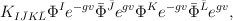
LaTeX: \begin{align*}K_{I\bar J K\bar L} \Phi^I e^{-gv}\bar\Phi^{\bar J} e^{gv} \Phi^K e^{-gv}\bar \Phi ^{\bar L} e^{gv},\end{align*}